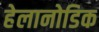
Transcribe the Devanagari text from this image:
हेलानोडिक